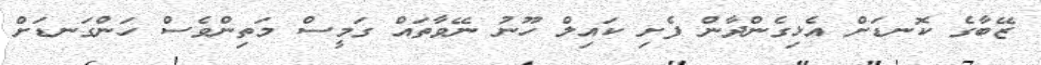
ޒޭބާގެ ކޮނޑަށް އެޅިގެންދާން ފެށި ކައިލް ހޫނު ނޭވާތައް ގަމީސް މަތިންވެސް ހަންގަނޑަށް